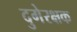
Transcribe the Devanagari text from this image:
दुगेरक्षक